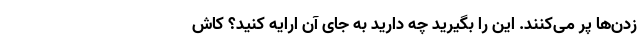
زدن‌ها پر می‌کنند. این را بگیرید چه دارید به جای آن ارایه کنید؟ کاش